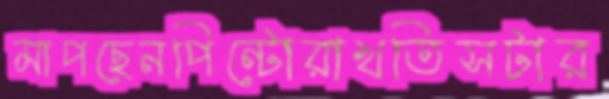
মাপছেনপিন্টোরাখতিসটার